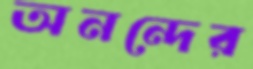
অনন্দের